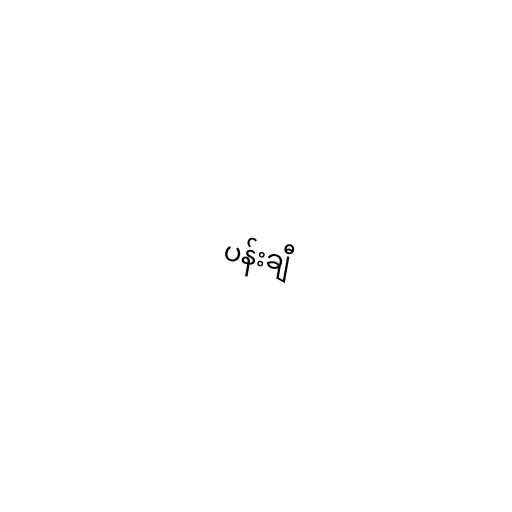
ပန်းချီ